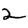
Digit: 2